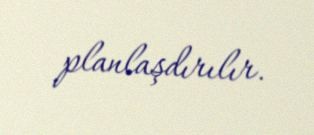
planlaşdırılır.